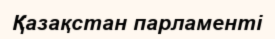
Қазақстан парламенті